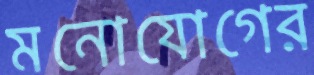
মনোযোগের